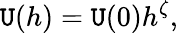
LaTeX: \mathtt{U}(h)=\mathtt{U}(0)h^{\zeta},